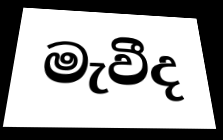
මැවීද